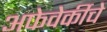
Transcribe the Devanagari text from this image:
अफेवेर्कीचे